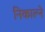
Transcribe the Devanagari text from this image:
निकाल्ने